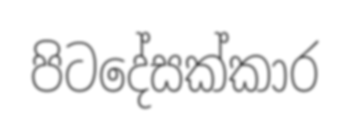
පිටදේසක්කාර